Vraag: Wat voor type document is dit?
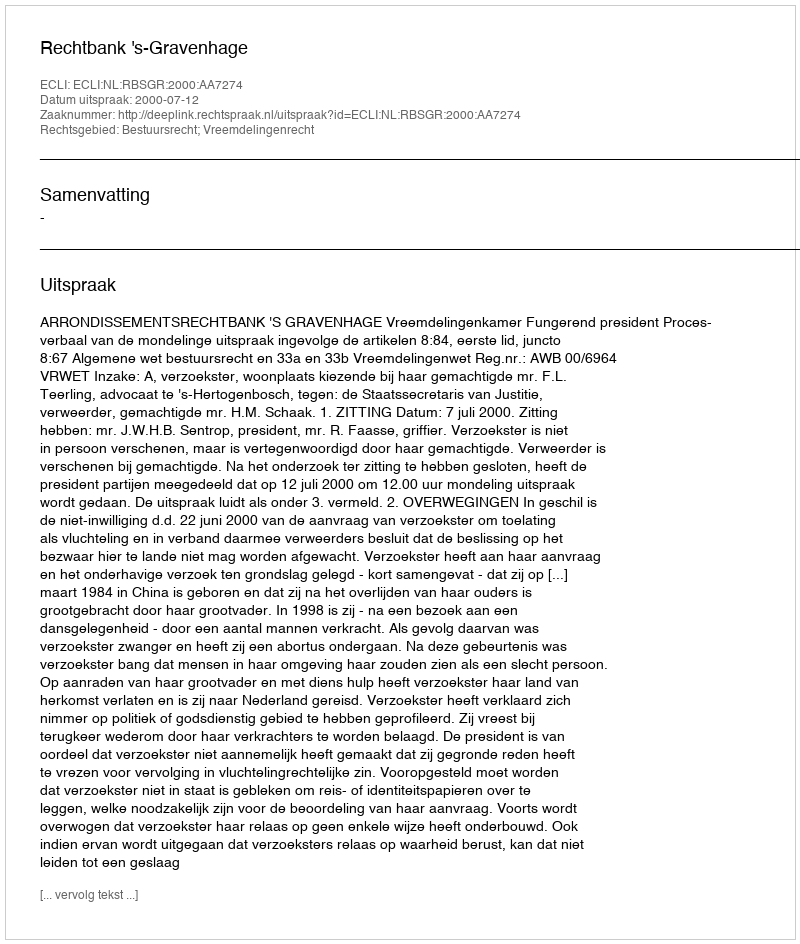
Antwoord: Uitspraak